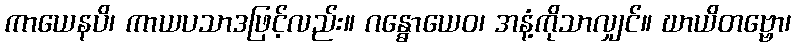
ကာယေနပိ၊ ကာယပသာဒဖြင့်လည်း။ ဂန္ဓောယေဝ၊ အနံ့ကိုသာလျှင်။ ဃာယိတဗ္ဗော၊